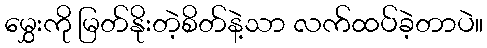
မွှေးကို မြတ်နိုးတဲ့စိတ်နဲ့သာ လက်ထပ်ခဲ့တာပဲ။